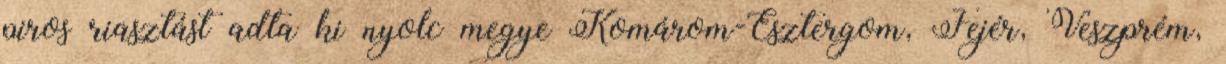
piros riasztást adta ki nyolc megye Komárom-Esztergom, Fejér, Veszprém,